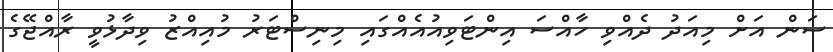
ސަން އަށް މިއަދު ދެއްވި ހާއްސަ އިންޓަވިއުއެއްގައި މިނިސްޓަރު މުއިއްޒު ވިދާޅުވީ ރާއްޖޭގެ